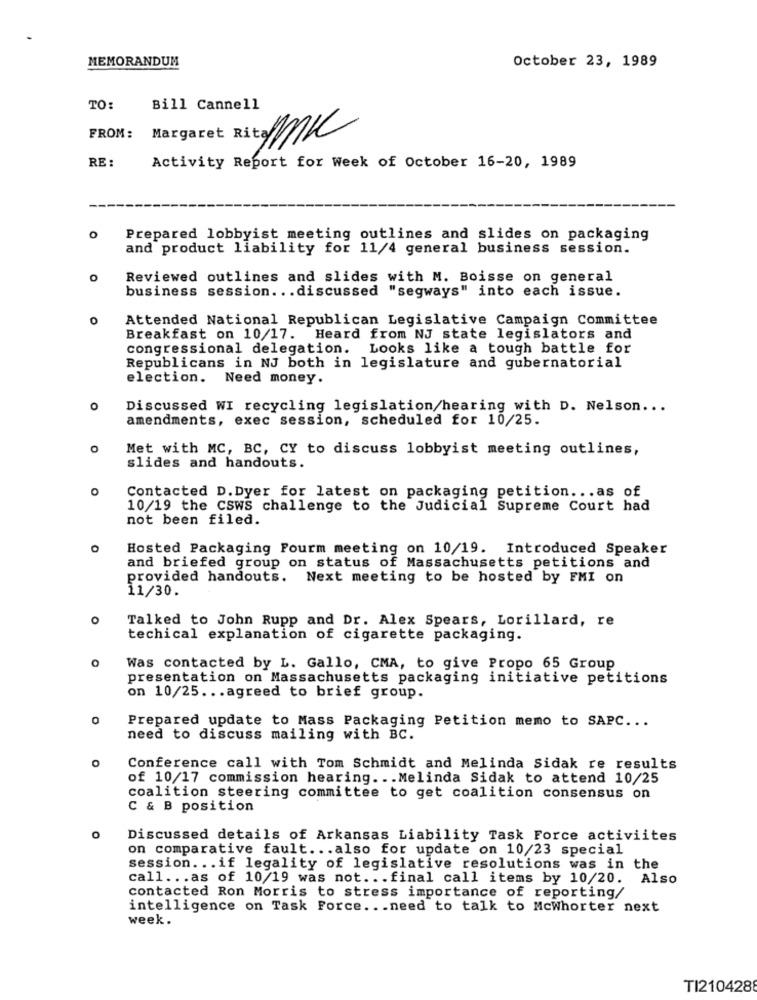
MEMORANDUM
October 23, 1989
TO:
Bill Cannell
FROM:
Margaret Rita MK
RE :
Activity Report for Week of October 16-20, 1989
0
Prepared lobbyist meeting outlines and slides on packaging
and product liability for 11/4 general business session.
Reviewed outlines and slides with M. Boisse on general
business session ... discussed "segways" into each issue.
Attended National Republican Legislative Campaign Committee
Breakfast on 10/17. Heard from NJ state legislators and
congressional delegation. Looks like a tough battle for
Republicans in NJ both in legislature and gubernatorial
election. Need money.
O
Discussed WI recycling legislation/hearing with D. Nelson ...
amendments, exec session, scheduled for 10/25.
Met with MC, BC, CY to discuss lobbyist meeting outlines,
slides and handouts.
Contacted D.Dyer for latest on packaging petition ... as of
10/19 the CSWS challenge to the Judicial Supreme Court had
not been filed.
Hosted Packaging Pourm meeting on 10/19. Introduced Speaker
and briefed group on status of Massachusetts petitions and
provided handouts. Next meeting to be hosted by FMI on
11/30.
O
Talked to John Rupp and Dr. Alex Spears, Lorillard, re
techical explanation of cigarette packaging.
O
Was contacted by L. Gallo, CMA, to give Propo 65 Group
presentation on Massachusetts packaging initiative petitions
on 10/25 ... agreed to brief group.
0
Prepared update to Mass Packaging Petition memo to SAPC ...
need to discuss mailing with BC.
Conference call with Tom Schmidt and Melinda Sidak re results
of 10/17 commission hearing ... Melinda Sidak to attend 10/25
coalition steering committee to get coalition consensus on
C & B position
o
Discussed details of Arkansas Liability Task Force activiites
on comparative fault ... also for update on 10/23 special
session ... if legality of legislative resolutions was in the
call ... as of 10/19 was not ... final call items by 10/20. Also
contacted Ron Morris to stress importance of reporting/
intelligence on Task Force ... need to talk to Mcwhorter next
week.
TI210428